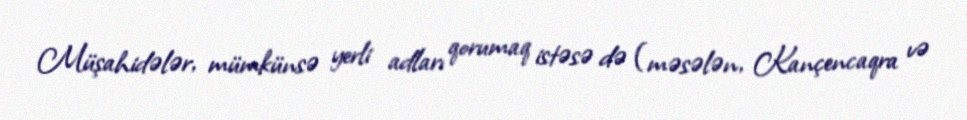
Müşahidələr, mümkünsə yerli adları qorumaq istəsə də (məsələn, Kançencaqra və